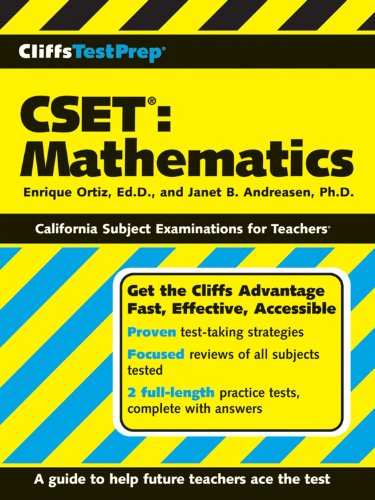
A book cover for CliffsTestPrep CSET: Mathematics; Janet B Andreasen PhD; Test Preparation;